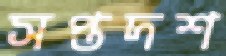
সপ্তদশ